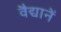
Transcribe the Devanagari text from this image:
वैद्यानें